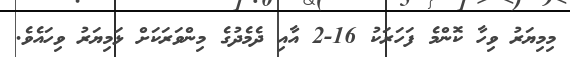
މިމިޔަރު ވިހާ ކޮންމެ ފަހަރަކު 16-2 އާއި ދެމެދުގެ މިންވަރަކަށް ޅަމިޔަރު ވިހައެވެ.